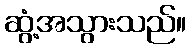
ဆွံ့အသွားသည်။